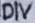
Text: DIV